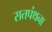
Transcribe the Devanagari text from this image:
सतपंथना